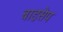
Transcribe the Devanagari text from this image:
बाइसेप